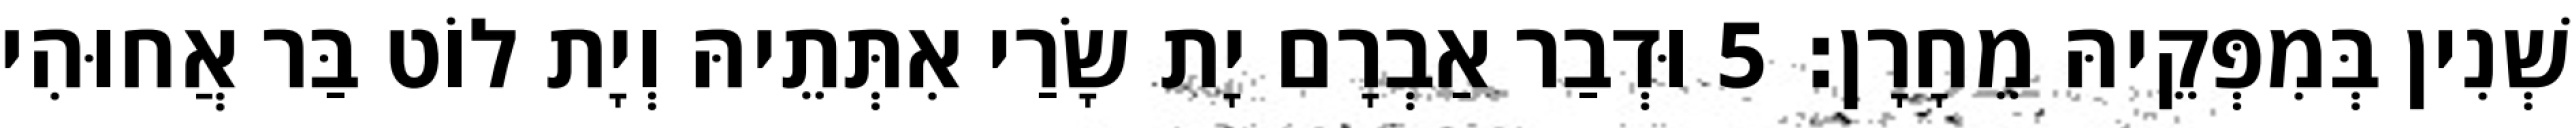
שְׁנִין בְּמִפְּקֵיהּ מֵחָרָן׃ 5 וּדְבַר אַבְרָם יָת שָׂרַי אִתְּתֵיהּ וְיָת לוֹט בַּר אֲחוּהִי